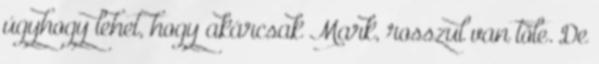
úgyhogy lehet, hogy akárcsak Mark, rosszul van tőle. De